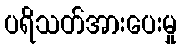
ပရိသတ်အားပေးမှု